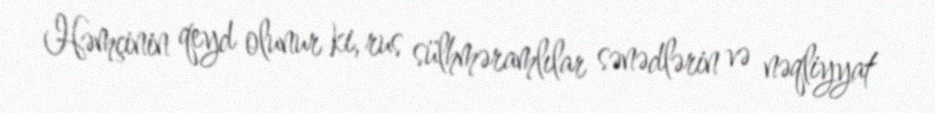
Həmçinin qeyd olunur ki, rus sülhməramlılar sənədlərin və nəqliyyat